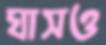
ঘাসও